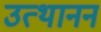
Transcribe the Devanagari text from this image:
उत्थानन